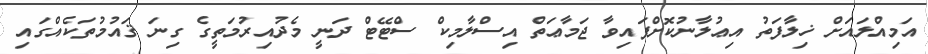
އަމިއްލައަށް ޚިލާފަތު އިޢުލާނުކޮށްފައިވާ ޖަމާޢަތް އިސްލާމިކް ސްޓޭޓް ދަނީ މެދުއިރުމަތީގެ ގިނަ ޤައުމުތަކެއްގައި